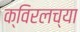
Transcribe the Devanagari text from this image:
क्विरलच्या